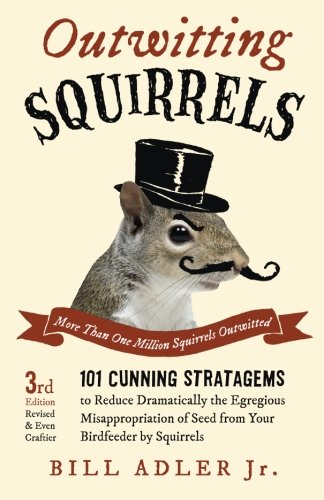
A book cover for Outwitting Squirrels: 101 Cunning Stratagems to Reduce Dramatically the Egregious Misappropriation of Seed from Your Birdfeeder by Squirrels; Bill Adler Jr.; Humor & Entertainment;